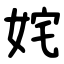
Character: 姹